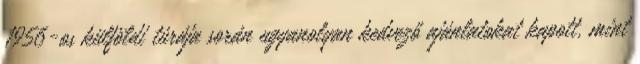
1956-os külföldi túrája során ugyanolyan kedvező ajánlatokat kapott, mint